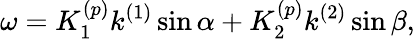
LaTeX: \omega=K_{1}^{(p)}k^{(1)}\sin\alpha+K_{2}^{(p)}k^{(2)}\sin\beta,